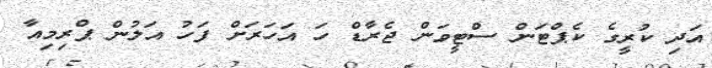
އަދި ކުރީގެ ކެޕްޓަން ސްޓީވަން ޖެރާޑް ހަ އަހަރަށް ފަހު އަލުން ޕްރިމިއާ